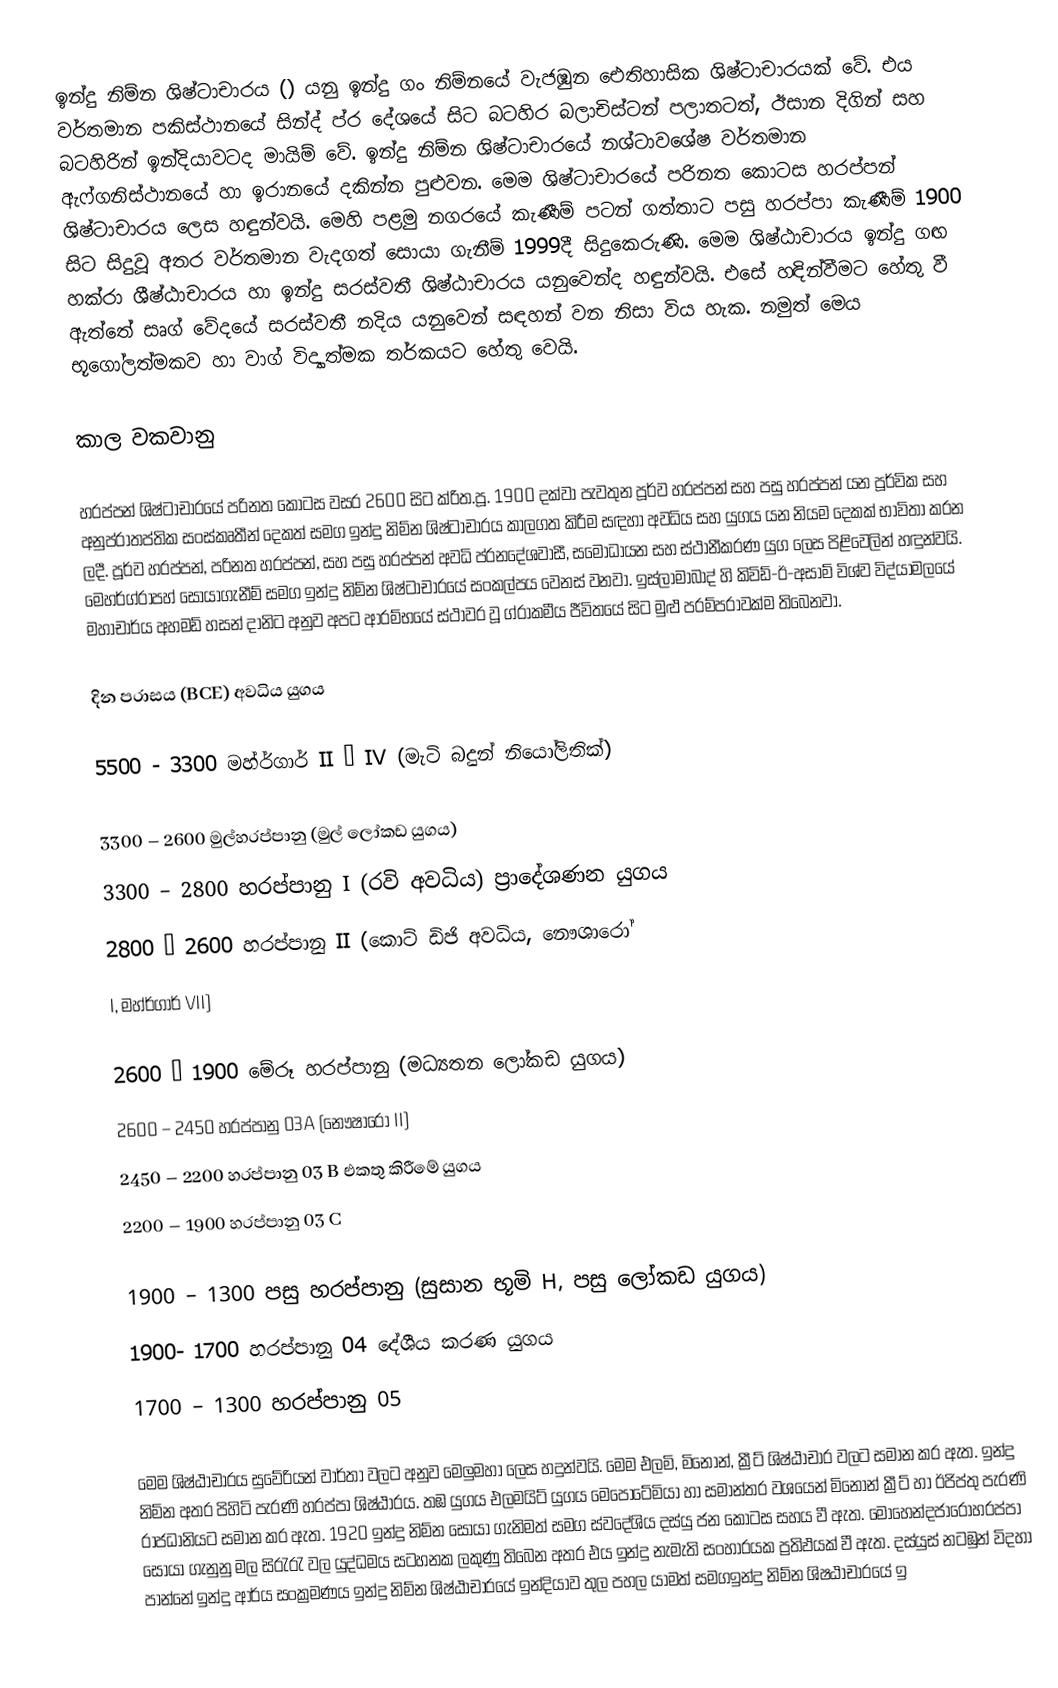
ඉන්දු නිම්න ශිෂ්ටාචාරය () යනු ඉන්දු ගං නිම්නයේ වැජඹුන ඓතිහාසික ශිෂ්ටාචාරයක් වේ. එය වර්තමාන පකිස්ථානයේ සින්ද් ප්ර දේශයේ සිට බටහිර බලාචිස්ටන් පලාතටත්, ඊසාන දිගින් සහ බටහිරින් ඉන්දියාවටද මායිම් වේ. ඉන්දු නිම්න ශිෂ්ටාචාරයේ නශ්ටාවශේෂ වර්තමාන ඇෆ්ගනිස්ථානයේ හා ඉරානයේ දකින්න පුළුවන. මෙම ශිෂ්ටාචාරයේ පරිනත කොටස හරප්පන් ශිෂ්ටාචාරය ලෙස හඳුන්වයි. මෙහි පළමු නගරයේ කැණීම් පටන් ගත්තාට පසු හරප්පා කැණීම් 1900 සිට සිදුවූ අතර වර්තමාන වැදගත් සොයා ගැනීම් 1999දී සිදුකෙරුණි. මෙම ශිෂ්ඨාචාරය ඉන්දු ගඟ හක්රා ශීෂ්ඨාචාරය හා ඉන්දු සරස්වතී ශිෂ්ඨාචාරය යනුවෙන්ද හඳුන්වයි. එසේ හඳින්වීමට හේතු වී ඇත්තේ සෘග් වේදයේ සරස්වතී නදිය යනුවෙන් සඳහන් වන නිසා විය හැක. නමුත් මෙය භූගෝලත්මකව හා වාග් විද්‍යාත්මක තර්කයට හේතු වෙයි.

කාල වකවානු

හරප්පන් ශිෂ්ටාචාරයේ පරිනත කොටස වසර 2600 සිට ක්රිත.පූ. 1900 දක්වා පැවතුන පූර්ව හරප්පන් සහ පසු හරප්පන් යන පූර්වික සහ අනුප්රාතප්තික සංස්කෘතීන් දෙකත් සමග ඉන්දු නිම්න ශිෂ්ටාචාරය කාලගත කිරීම සඳහා අවධිය සහ යුගය යන නියම දෙකක් භාවිතා කරන ලදී. පූර්ව හරප්පන්, පරිනත හරප්පන්, සහ පසු හරප්පන් අවධි ප්රනදේශවාසී, සමෝධායන සහ ස්ථානීකරණ යුග ලෙස පිළිවෙලින් හඳුන්වයි. මෙහර්ග්රාපහ් සොයාගැනීම් සමග ඉන්දු නිම්න ශිෂ්ටාචාරයේ සංකල්පය වෙනස් වනවා. ඉස්ලාමාබාද් හි කිවිඩ්-ඊ-අසාම් විශ්ව විද්යාමලයේ මහාචාර්ය අහමඩ් හසන් දානිට අනුව අපට ආරම්භයේ ස්ථාවර වූ ග්රාකමීය ජීවිතයේ සිට මුළු පරම්පරාවක්ම තිබෙනවා.

දින පරාසය (BCE)	   අවධිය					යුගය

5500  -  3300		මහ්ර්ගාර් II – IV (මැටි බදුන් නියෝලිතික්)

3300 – 2600		මුල්හරප්පානු (මුල් ලෝකඩ යුගය)
3300 – 2800		හරප්පානු I (රවි අවධිය)				ප්‍රාදේශණන යුගය
2800 – 2600		හරප්පානු II (කොට් ඩිජි අවධිය, නෞශාරෝ
			I, මහ්ර්ගාර් VII)

2600 – 1900		මේරූ හරප්පානු (මධ්‍යතන ලෝකඩ යුගය)
2600 – 2450		හරප්පානු 03A (නෞෂාරෝ II)
2450 – 2200		හරප්පානු 03 B 					එකතු කිරීමේ යුගය
2200 – 1900		හරප්පානු 03 C

1900 – 1300		පසු හරප්පානු (සුසාන භූමි H, පසු ලෝකඩ යුගය)
1900- 1700		හරප්පානු 04 					දේශීය කරණ යුගය
1700 – 1300		හරප්පානු 05

මෙම ශිෂ්ඨාචාරය සුවේරියන් වාර්තා වලට අනුව මෙලුමහා ලෙස හදුන්වයි. මෙම එලමි, මිනොන්, ක්‍රීට් ශිෂ්ඨාචාර වලට සමාන කර ඇත. ඉන්දු නිම්න අතර පිහිටි පැරණි හරප්පා ශිෂ්ඨාරය. තඹ යුගය එලමයිට් යුගය ‍මෙපො‍ටේමියා හා සමාන්තර වශයෙන් මිනොන් ක්‍රීට් හා ඊජිප්තු පැරණි රාජධානියට සමාන කර ඇත. 1920 ඉන්දු නිම්න සොයා ගැනිමත් සමග ස්වදේශිය දස්යු ජන කොටස සහය වී ඇත. මොහෙන්ද‍ජාරෝහරප්පා සොයා ගැනුනු මල සිරැරැ වල යුද්ධමය සටහනක ලකුණු තිබෙන අතර එය ඉන්දු නැමැති සංහාරයක ප්‍රතිඵයක් වී ඇත. දස්යුස් නටඹුන් විදහා පාන්නේ ඉන්දු ආර්ය සංක්‍රමණය ඉන්දු නිම්න ශිෂ්ඨාචාර‍යේ ඉන්දියාව තුල පහල යාමත් සමගඉන්දු නිම්න ශිෂඨාචාරයේ ඉ